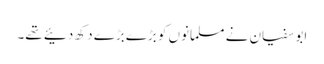
ابو سفیان نے مسلمانوں کو بڑے بڑے دکھ دئیے تھے۔